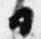
日